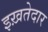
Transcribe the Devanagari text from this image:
इख़तेदार